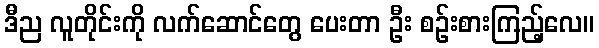
ဒီည လူတိုင်းကို လက်ဆောင်တွေ ပေးတာ ဦး စဉ်းစားကြည့်လေ။